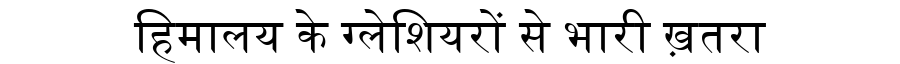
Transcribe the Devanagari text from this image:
हिमालय के ग्लेशियरों से भारी ख़तरा